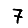
Digit: 7